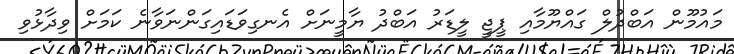
މައުމޫން އަބްދުލް ގައްޔޫމާއި ޕީޖީ ލީޑަރު އަބްދު ޔާމީނަށް އެނގިވަޑައިގަންނަވާނެ ކަމަށް ވިދާޅުވި